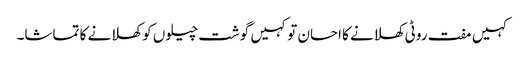
کہیں مفت روٹی کھلانے کا احسان تو کہیں گوشت چیلوں کو کھلانے کا تماشا۔